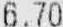
6.70